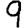
Digit: 9